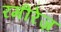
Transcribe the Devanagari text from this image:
रमीरेज़